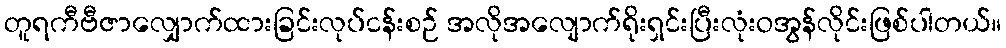
တူရကီဗီဇာလျှောက်ထားခြင်းလုပ်ငန်းစဉ် အလိုအလျောက်ရိုးရှင်းပြီးလုံးဝအွန်လိုင်းဖြစ်ပါတယ်။